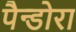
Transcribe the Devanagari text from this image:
पैन्डोरा